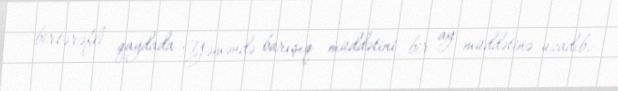
birtərəfli qaydada Yəməndə barışıq müddətini bir ay müddətinə uzadıb.